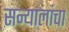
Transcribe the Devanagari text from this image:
सन्यालांचा